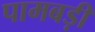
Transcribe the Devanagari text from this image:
पामबड़ी